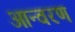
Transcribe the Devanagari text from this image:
आन्वरण